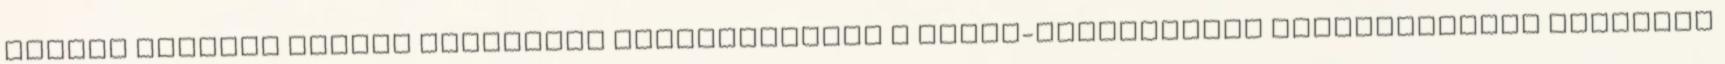
Lukács szerint Korond közelében megállították a Nyírő-újratemetés országgyűlési hivatali